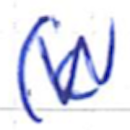
Text: (c
Cross-out: zig-zag
Writing tool: ballpoint